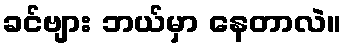
ခင်ဗျား ဘယ်မှာ နေတာလဲ။